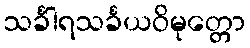
သင်္ခါရသင်္ခယဝိမုတ္တော